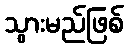
သွားမည်ဖြစ်